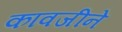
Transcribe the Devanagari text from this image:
कावजीने